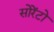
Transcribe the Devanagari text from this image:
सोरेंटो